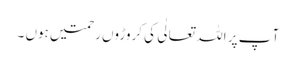
آ پ پر اللہ تعالٰی کی کروڑوں رحمتیں ہوں ۔